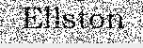
Ellston